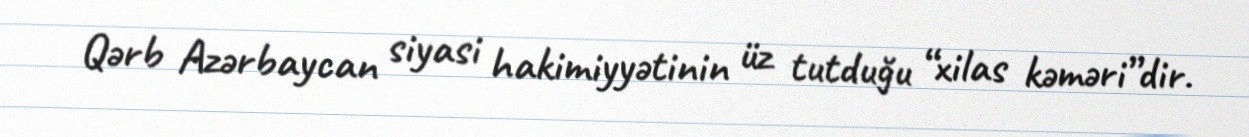
Qərb Azərbaycan siyasi hakimiyyətinin üz tutduğu “xilas kəməri”dir.